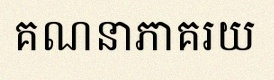
គណនាភាគរយ